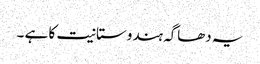
یہ دھاگہ ہندوستانیت کا ہے ۔